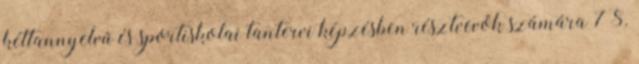
kéttannyelvű és sportiskolai tantervi képzésben résztvevők számára 7 8.